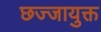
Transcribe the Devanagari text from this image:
छज्जायुक्त